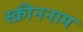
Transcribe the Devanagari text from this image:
स्क्रीननाम